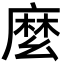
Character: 麼